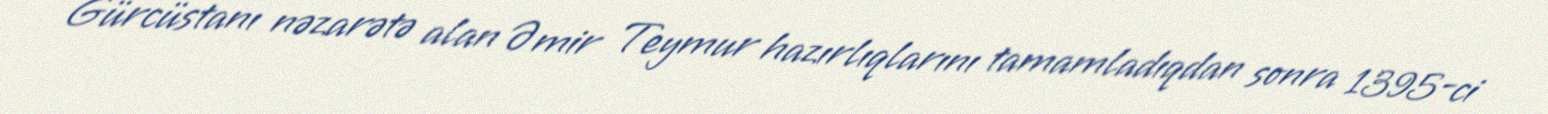
Gürcüstanı nəzarətə alan Əmir Teymur hazırlıqlarını tamamladıqdan sonra 1395-ci